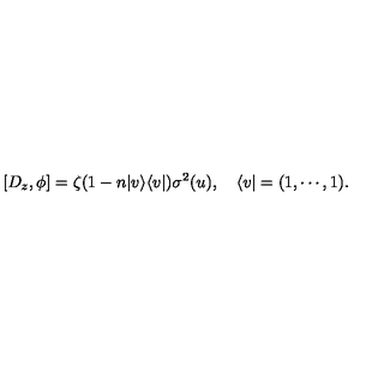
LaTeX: [ D _ { z } , \phi ] = \zeta ( 1 - n | v \rangle \langle v | ) \sigma ^ { 2 } ( u ) , \quad \langle v | = ( 1 , \cdots , 1 ) .